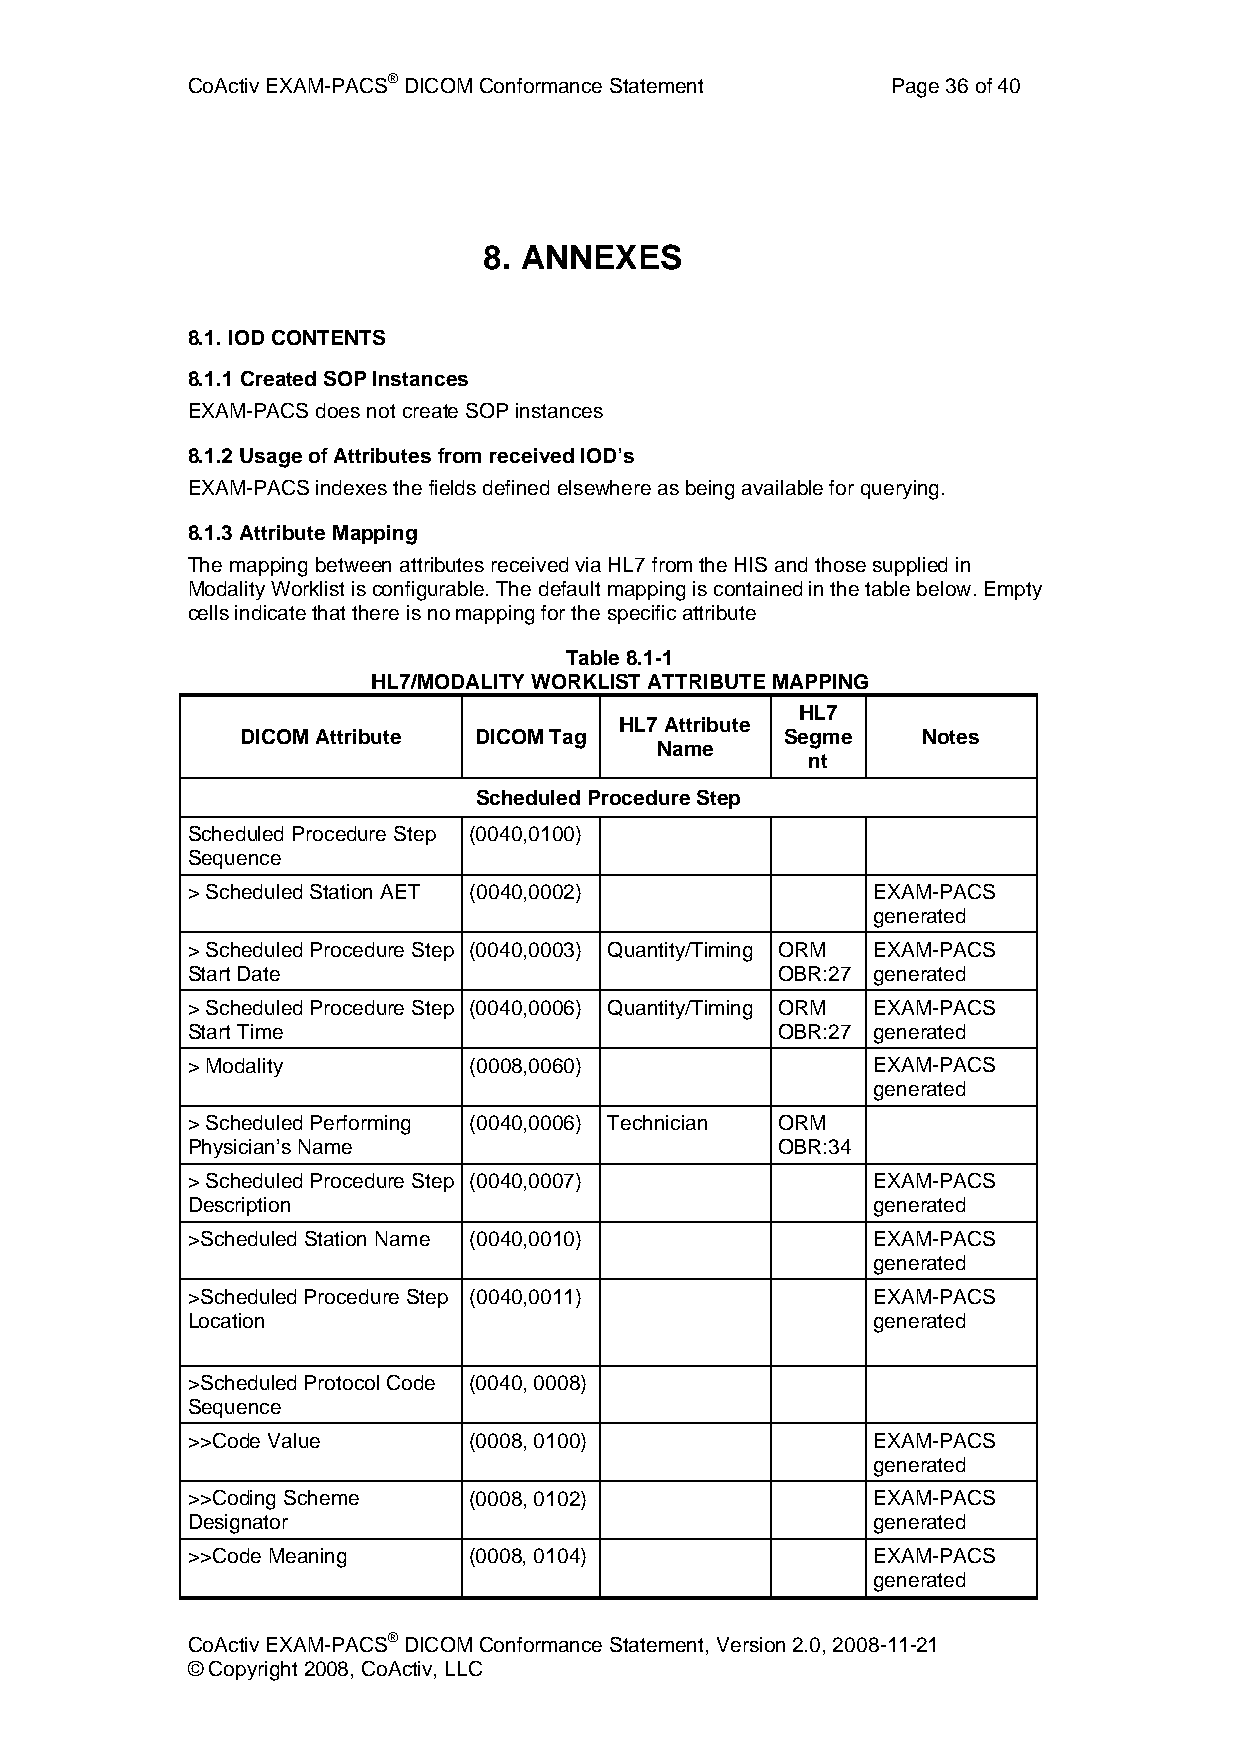
CoActiv EXAM-PACS® DICOM Conformance Statement Page 36 of 40
 8. ANNEXES
 8.1. IOD CONTENTS
 8.1.1 Created SOP Instances
 EXAM-PACS does not create SOP instances
 8.1.2 Usage of Attributes from received IOD’s
 EXAM-PACS indexes the fields defined elsewhere as being available for querying.
 8.1.3 Attribute Mapping
 The mapping between attributes received via HL7 from the HIS and those supplied in
 Modality Worklist is configurable. The default mapping is contained in the table below. Empty
 cells indicate that there is no mapping for the specific attribute
 Table 8.1-1
 HL7/MODALITY WORKLIST ATTRIBUTE MAPPING
 HL7
 HL7 Attribute
 DICOM Attribute DICOM Tag           Segme    Notes
 Name
 nt
 Scheduled Procedure Step
 Scheduled Procedure Step (0040,0100)
 Sequence
 > Scheduled Station AET (0040,0002)           EXAM-PACS
 generated
 > Scheduled Procedure Step (0040,0003) Quantity/Timing ORM EXAM-PACS
 Start Date                             OBR:27 generated
 > Scheduled Procedure Step (0040,0006) Quantity/Timing ORM EXAM-PACS
 Start Time                             OBR:27 generated
 > Modality         (0008,0060)                EXAM-PACS
 generated
 > Scheduled Performing (0040,0006) Technician ORM
 Physician’s Name                       OBR:34
 > Scheduled Procedure Step (0040,0007)        EXAM-PACS
 Description                                   generated
 >Scheduled Station Name (0040,0010)           EXAM-PACS
 generated
 >Scheduled Procedure Step (0040,0011)         EXAM-PACS
 Location                                      generated
 >Scheduled Protocol Code (0040, 0008)
 Sequence
 >>Code Value       (0008, 0100)               EXAM-PACS
 generated
 >>Coding Scheme    (0008, 0102)               EXAM-PACS
 Designator                                    generated
 >>Code Meaning     (0008, 0104)               EXAM-PACS
 generated
 CoActiv EXAM-PACS® DICOM Conformance Statement, Version 2.0, 2008-11-21
 © Copyright 2008, CoActiv, LLC